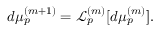
d \mu _ { p } ^ { ( m + 1 ) } = \mathcal { L } _ { p } ^ { ( m ) } [ d \mu _ { p } ^ { ( m ) } ] .